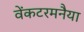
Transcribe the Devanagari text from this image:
वेंकटरमनैया